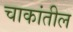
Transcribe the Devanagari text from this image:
चाकांतील